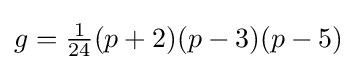
g={\tfrac {1}{24}}(p+2)(p-3)(p-5)